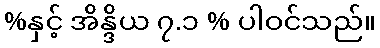
%နှင့် အိန္ဒိယ ၇.၁ % ပါဝင်သည်။